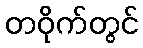
တဝိုက်တွင်